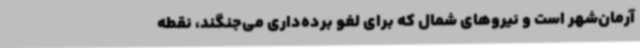
آرمان‌شهر است و نیروهای شمال که برای لغو برده‌داری می‌جنگند، نقطه